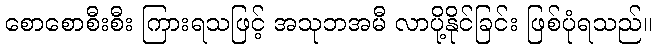
စောစောစီးစီး ကြားရသဖြင့် အသုဘအမီ လာပို့နိုင်ခြင်း ဖြစ်ပုံရသည်။